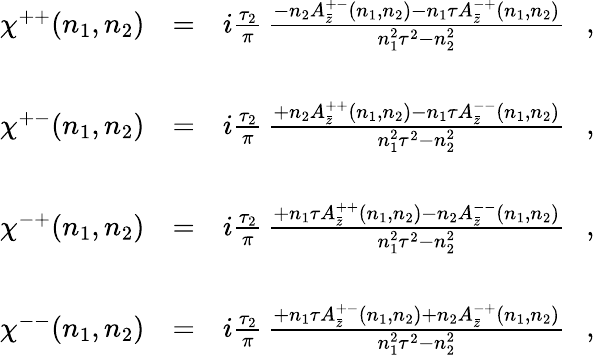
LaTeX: \begin{array}{rcl}{{\chi^{++}(n_{1},n_{2})}}&{{=}}&{{i\frac{\tau_{2}}{\pi}\, \frac{-n_{2}A_{\bar{z}}^{+-}(n_{1},n_{2})-n_{1}\tau A_{\bar{z}}^{-+}(n_{1},n_{2})}{n_{1}^{2}\tau^{2}-n_{2}^{2}}\ \ \ ,}}\\ {{}}&{{}}&{{}}\\ {{\chi^{+-}(n_{1},n_{2})}}&{{=}}&{{i\frac{\tau_{2}}{\pi}\, \frac{+n_{2}A_{\bar{z}}^{++}(n_{1},n_{2})-n_{1}\tau A_{\bar{z}}^{--}(n_{1},n_{2})}{n_{1}^{2}\tau^{2}-n_{2}^{2}}\ \ \ ,}}\\ {{}}&{{}}&{{}}\\ {{\chi^{-+}(n_{1},n_{2})}}&{{=}}&{{i\frac{\tau_{2}}{\pi}\, \frac{+n_{1}\tau A_{\bar{z}}^{++}(n_{1},n_{2})-n_{2}A_{\bar{z}}^{--}(n_{1},n_{2})}{n_{1}^{2}\tau^{2}-n_{2}^{2}}\ \ \ ,}}\\ {{}}&{{}}&{{}}\\ {{\chi^{--}(n_{1},n_{2})}}&{{=}}&{{i\frac{\tau_{2}}{\pi}\, \frac{+n_{1}\tau A_{\bar{z}}^{+-}(n_{1},n_{2})+n_{2}A_{\bar{z}}^{-+}(n_{1},n_{2})}{n_{1}^{2}\tau^{2}-n_{2}^{2}}\ \ \ ,}}\end{array}